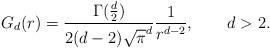
LaTeX: \begin{align*}G_d(r)=\frac{\Gamma(\frac{d}{2})}{2(d-2)\sqrt{\pi}^d}\frac{1}{r^{d-2}},\qquad d>2.\end{align*}